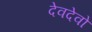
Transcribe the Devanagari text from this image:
देवदेवो